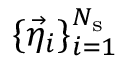
\{ \vec { \eta } _ { i } \} _ { i = 1 } ^ { N _ { \mathrm { s } } }